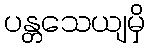
ပန္တသေယျမှိ